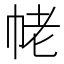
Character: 𢂢